Indian journal of veterinary science and animal husbandry - Volumes 18-21, 1948-1951
Year: 1948
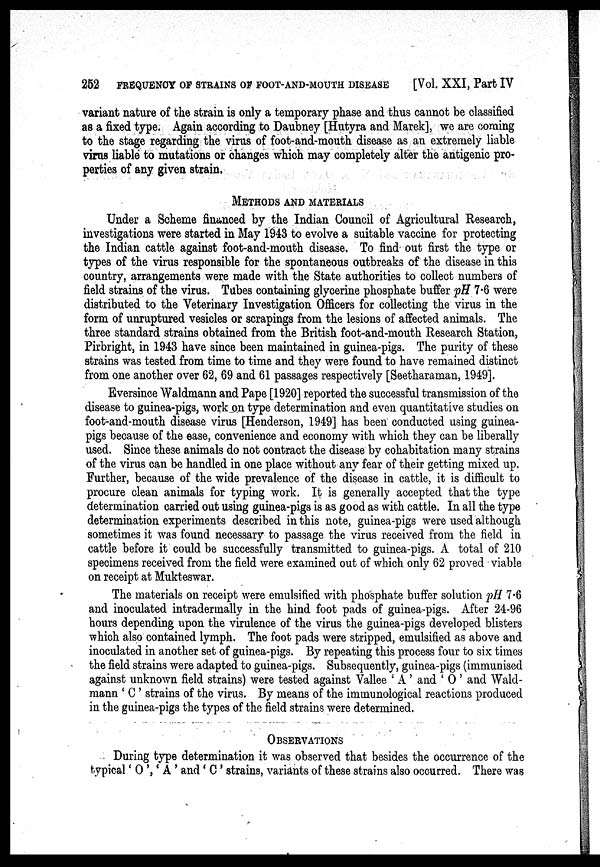
252
FREQUENCY OF STRAINS OF FOOT-AND-MOUTH DISEASE
[Vol. XXI, Part IV
variant nature of the strain is only a temporary phase and thus cannot be classified
as a fixed type. Again according to Daubney [Hutyra and Marek], we are coming
to the stage regarding the virus of foot-and-mouth disease as an extremely liable
virus liable to mutations or changes which may completely alter the antigenic pro-
perties of any given strain.
METHODS AND MATERIALS
Under a Scheme financed by the Indian Council of Agricultural Research,
investigations were started in May 1943 to evolve a suitable vaccine for protecting
the Indian cattle against foot-and-mouth disease. To find out first the type or
types of the virus responsible for the spontaneous outbreaks of the disease in this
country, arrangements were made with the State authorities to collect numbers of
field strains of the virus. Tubes containing glycerine phosphate buffer pH 7.6 were
distributed to the Veterinary Investigation Officers for collecting the virus in the
form of unruptured vesicles or scrapings from the lesions of affected animals. The
three standard strains obtained from the British foot-and-mouth Research Station,
Pirbright, in 1943 have since been maintained in guinea-pigs. The purity of these
strains was tested from time to time and they were found to have remained distinct
from one another over 62, 69 and 61 passages respectively [Seetharaman, 1949].
Eversince Waldmann and Pape [1920] reported the successful transmission of the
disease to guinea-pigs, work on type determination and even quantitative studies on
foot-and-mouth disease virus [Henderson, 1949] has been conducted using guinea-
pigs because of the ease, convenience and economy with which they can be liberally
used. Since these animals do not contract the disease by cohabitation many strains
of the virus can be handled in one place without any fear of their getting mixed up.
Further, because of the wide prevalence of the disease in cattle, it is difficult to
procure clean animals for typing work. It is generally accepted that the type
determination carried out using guinea-pigs is as good as with cattle. In all the type
determination experiments described in this note, guinea-pigs were used although
sometimes it was found necessary to passage the virus received from the field in
cattle before it could be successfully transmitted to guinea-pigs. A total of 210
specimens received from the field were examined out of which only 62 proved viable
on receipt at Mukteswar.
The materials on receipt were emulsified with phosphate buffer solution pH 7.6
and inoculated intradermally in the hind foot pads of guinea-pigs. After 24-96
hours depending upon the virulence of the virus the guinea.pigs developed blisters
which also contained lymph. The foot pads were stripped, emulsified as above and
inoculated in another set of guinea-pigs. By repeating this process four to six times
the field strains were adapted to guinea-pigs. Subsequently, guinea-pigs (immunised
against unknown field strains) were tested against Vallee 'A' and 'O' and Wald-
mann 'C' strains of the virus. By means of the immunological reactions produced
in the guinea-pigs the types of the field strains were determined.
OBSERVATIONS
During type determination it was observed that besides the occurrence of the
typical 'O', 'A' and 'C' strains, variants of these strains also occurred. There was